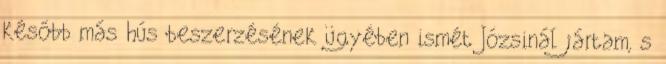
később más hús beszerzésének ügyében ismét Józsinál jártam, s